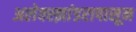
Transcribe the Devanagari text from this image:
अलेक्स्झांडरापासून